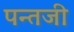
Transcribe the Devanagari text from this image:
पन्तजी